65_HS1-834228961_62-HQ-83894_Section_7
Agency: FBI
Page 14
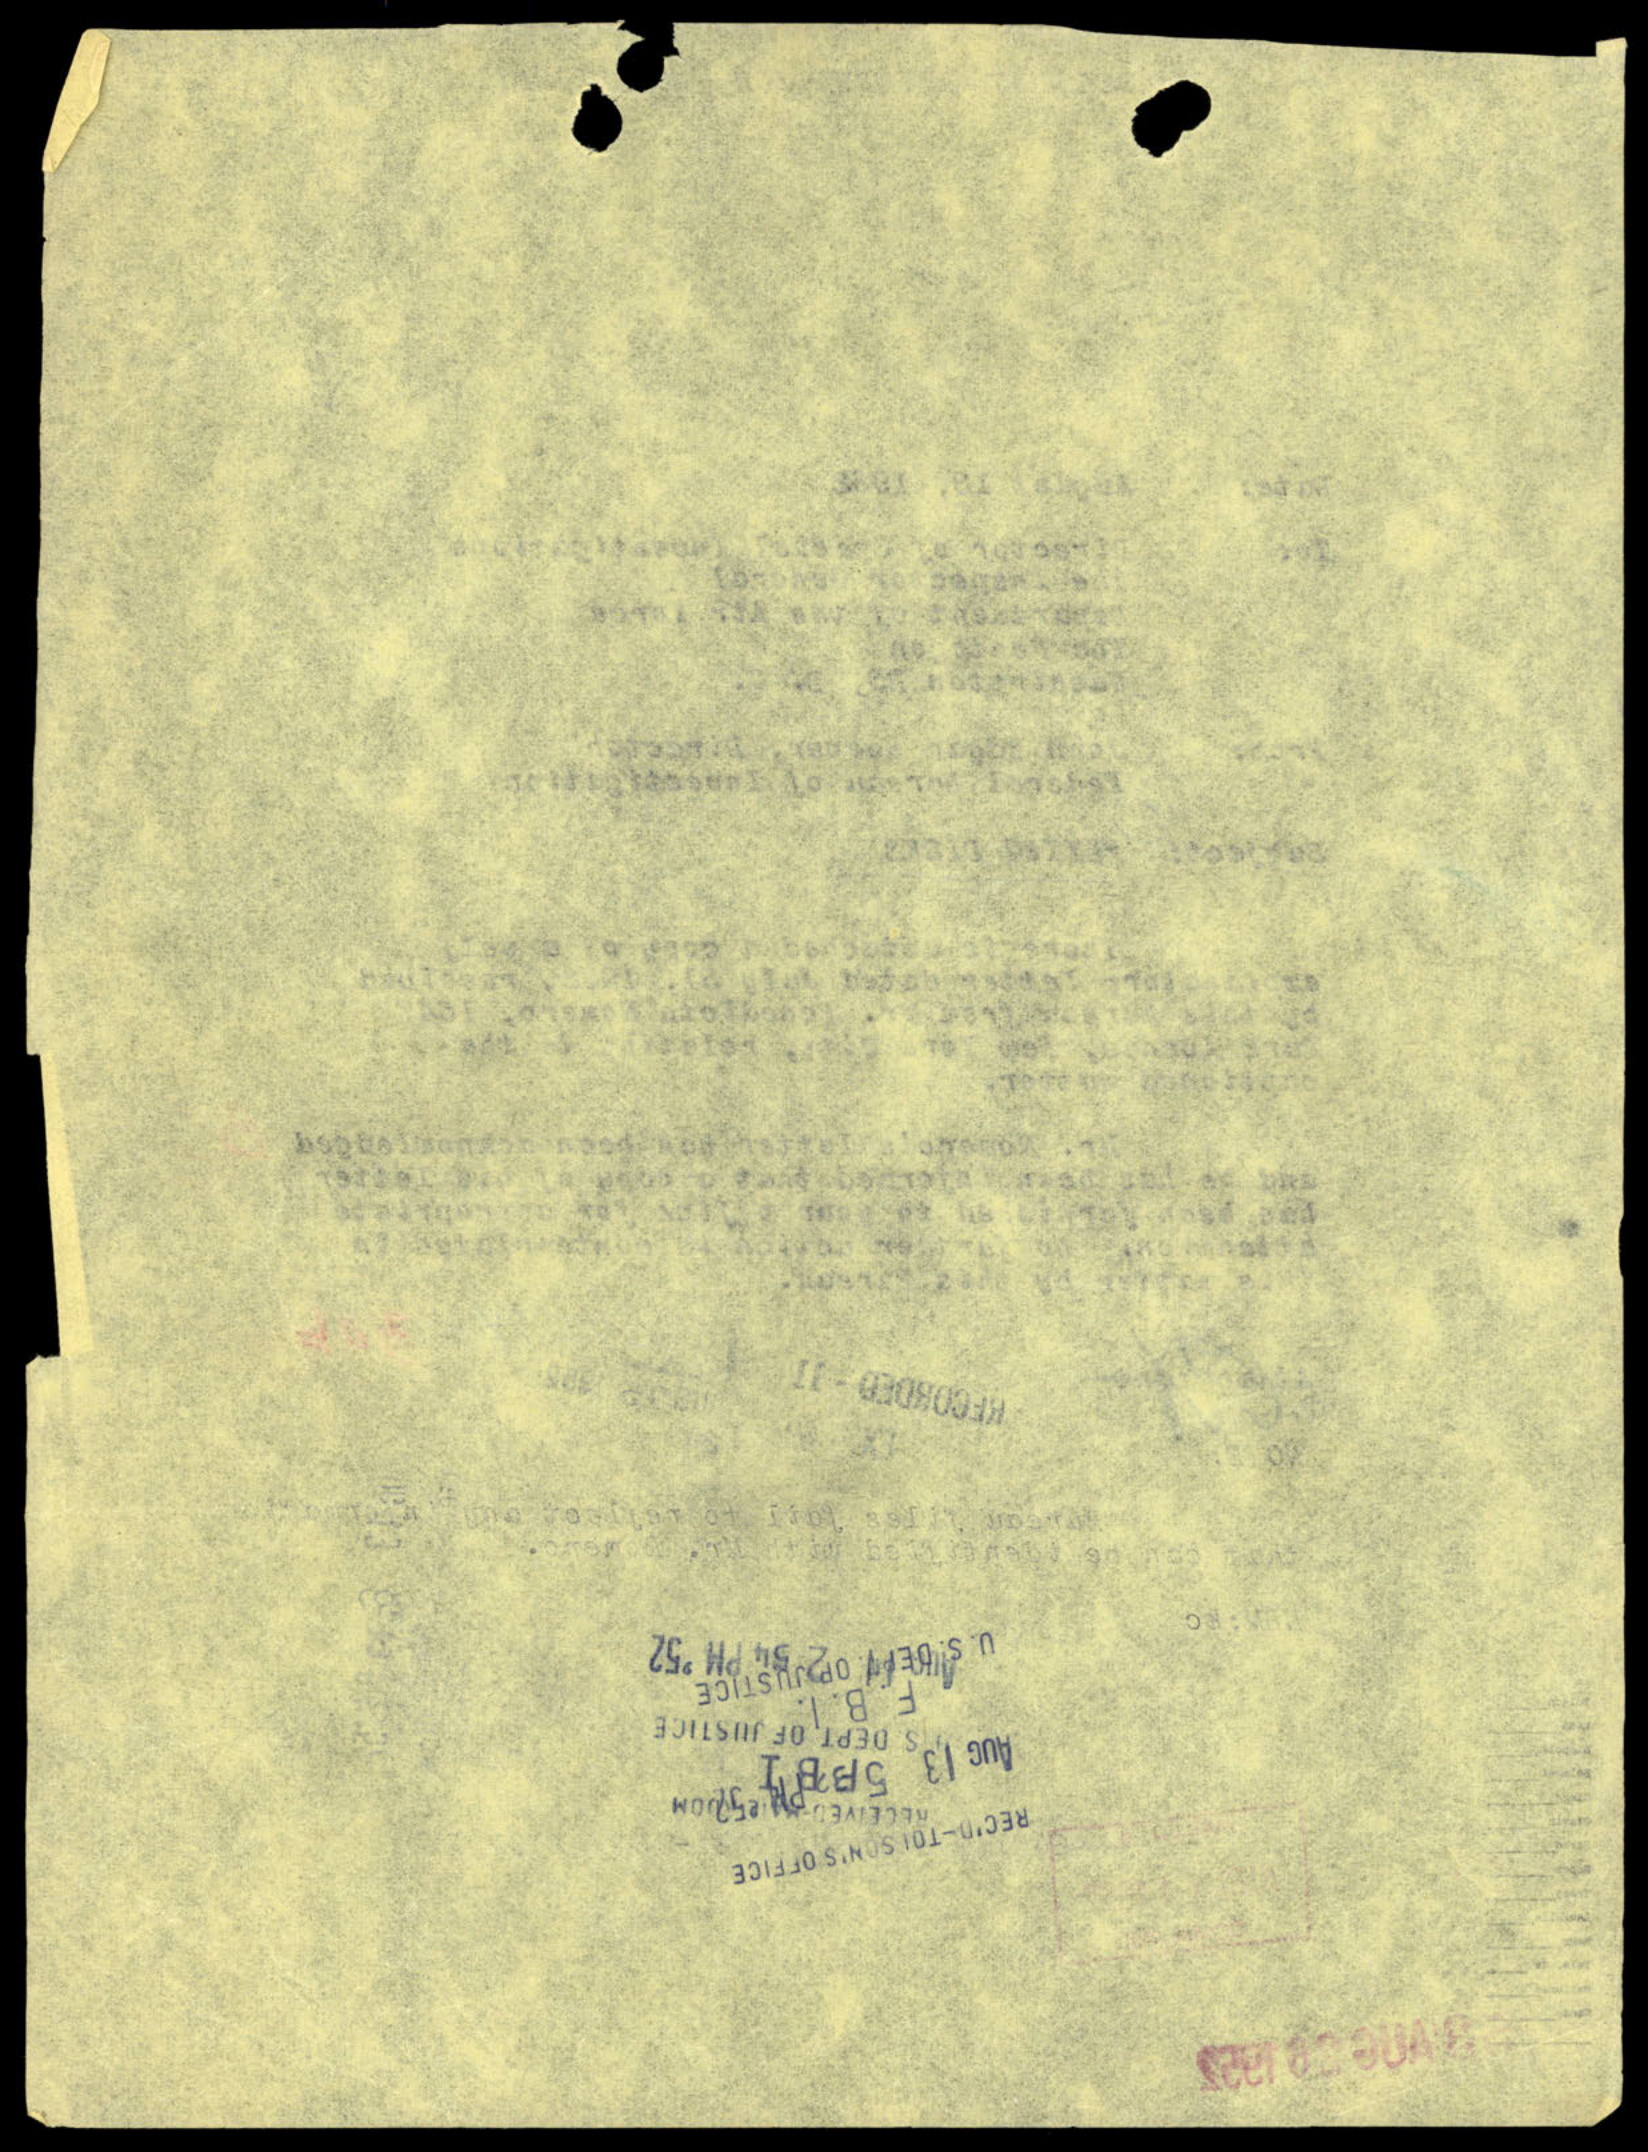